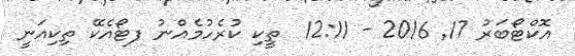
އޮކްޓޯބަރު 17